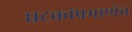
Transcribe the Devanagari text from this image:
घटकांप्रमाणेच